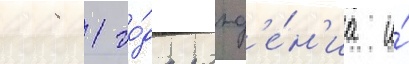
1981 го́да рожд'е́н'иа и́